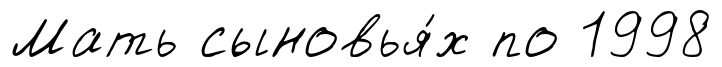
Мать сыновья́х по 1998